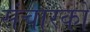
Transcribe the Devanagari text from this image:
संचारकों